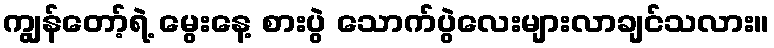
ကျွန်တော့်ရဲ့ မွေးနေ့ စားပွဲ သောက်ပွဲလေးများလာချင်သလား။